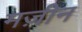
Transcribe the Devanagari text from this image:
मज़ीन